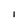
Character: I